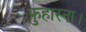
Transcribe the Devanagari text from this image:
फुहारना।